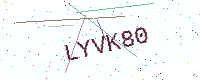
Text: LYVK80